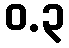
ဝ.၃